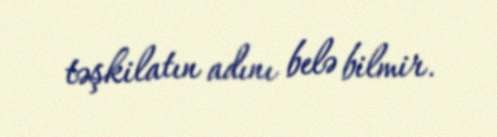
təşkilatın adını belə bilmir.